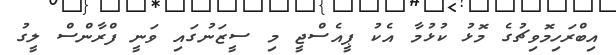
އިބްރަހިމޮވިޗުގެ މޮޅު ކުޅުމާ އެކު ޕީއެސްޖީ މި ސީޒަނުގައި ވަނީ ފްރާންސް ލީގު